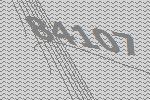
84107